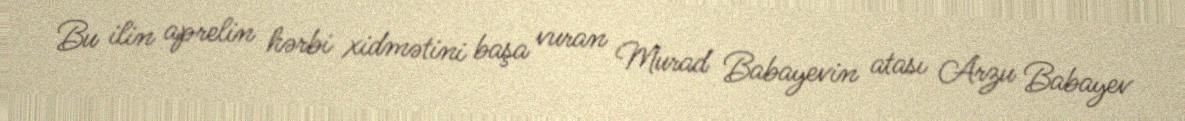
Bu ilin aprelin hərbi xidmətini başa vuran Murad Babayevin atası Arzu Babayev